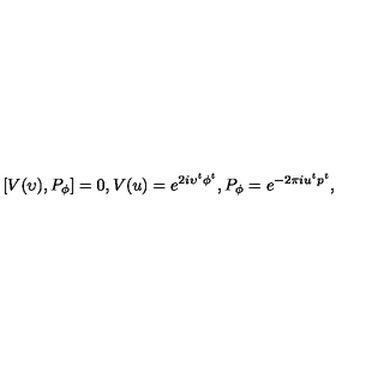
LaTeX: [ V ( \upsilon ) , P _ { \phi } ] = 0 , V ( u ) = e ^ { 2 i \upsilon ^ { t } \phi ^ { t } } , P _ { \phi } = e ^ { - 2 \pi i u ^ { t } p ^ { t } } ,